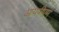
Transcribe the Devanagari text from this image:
आयपीएम